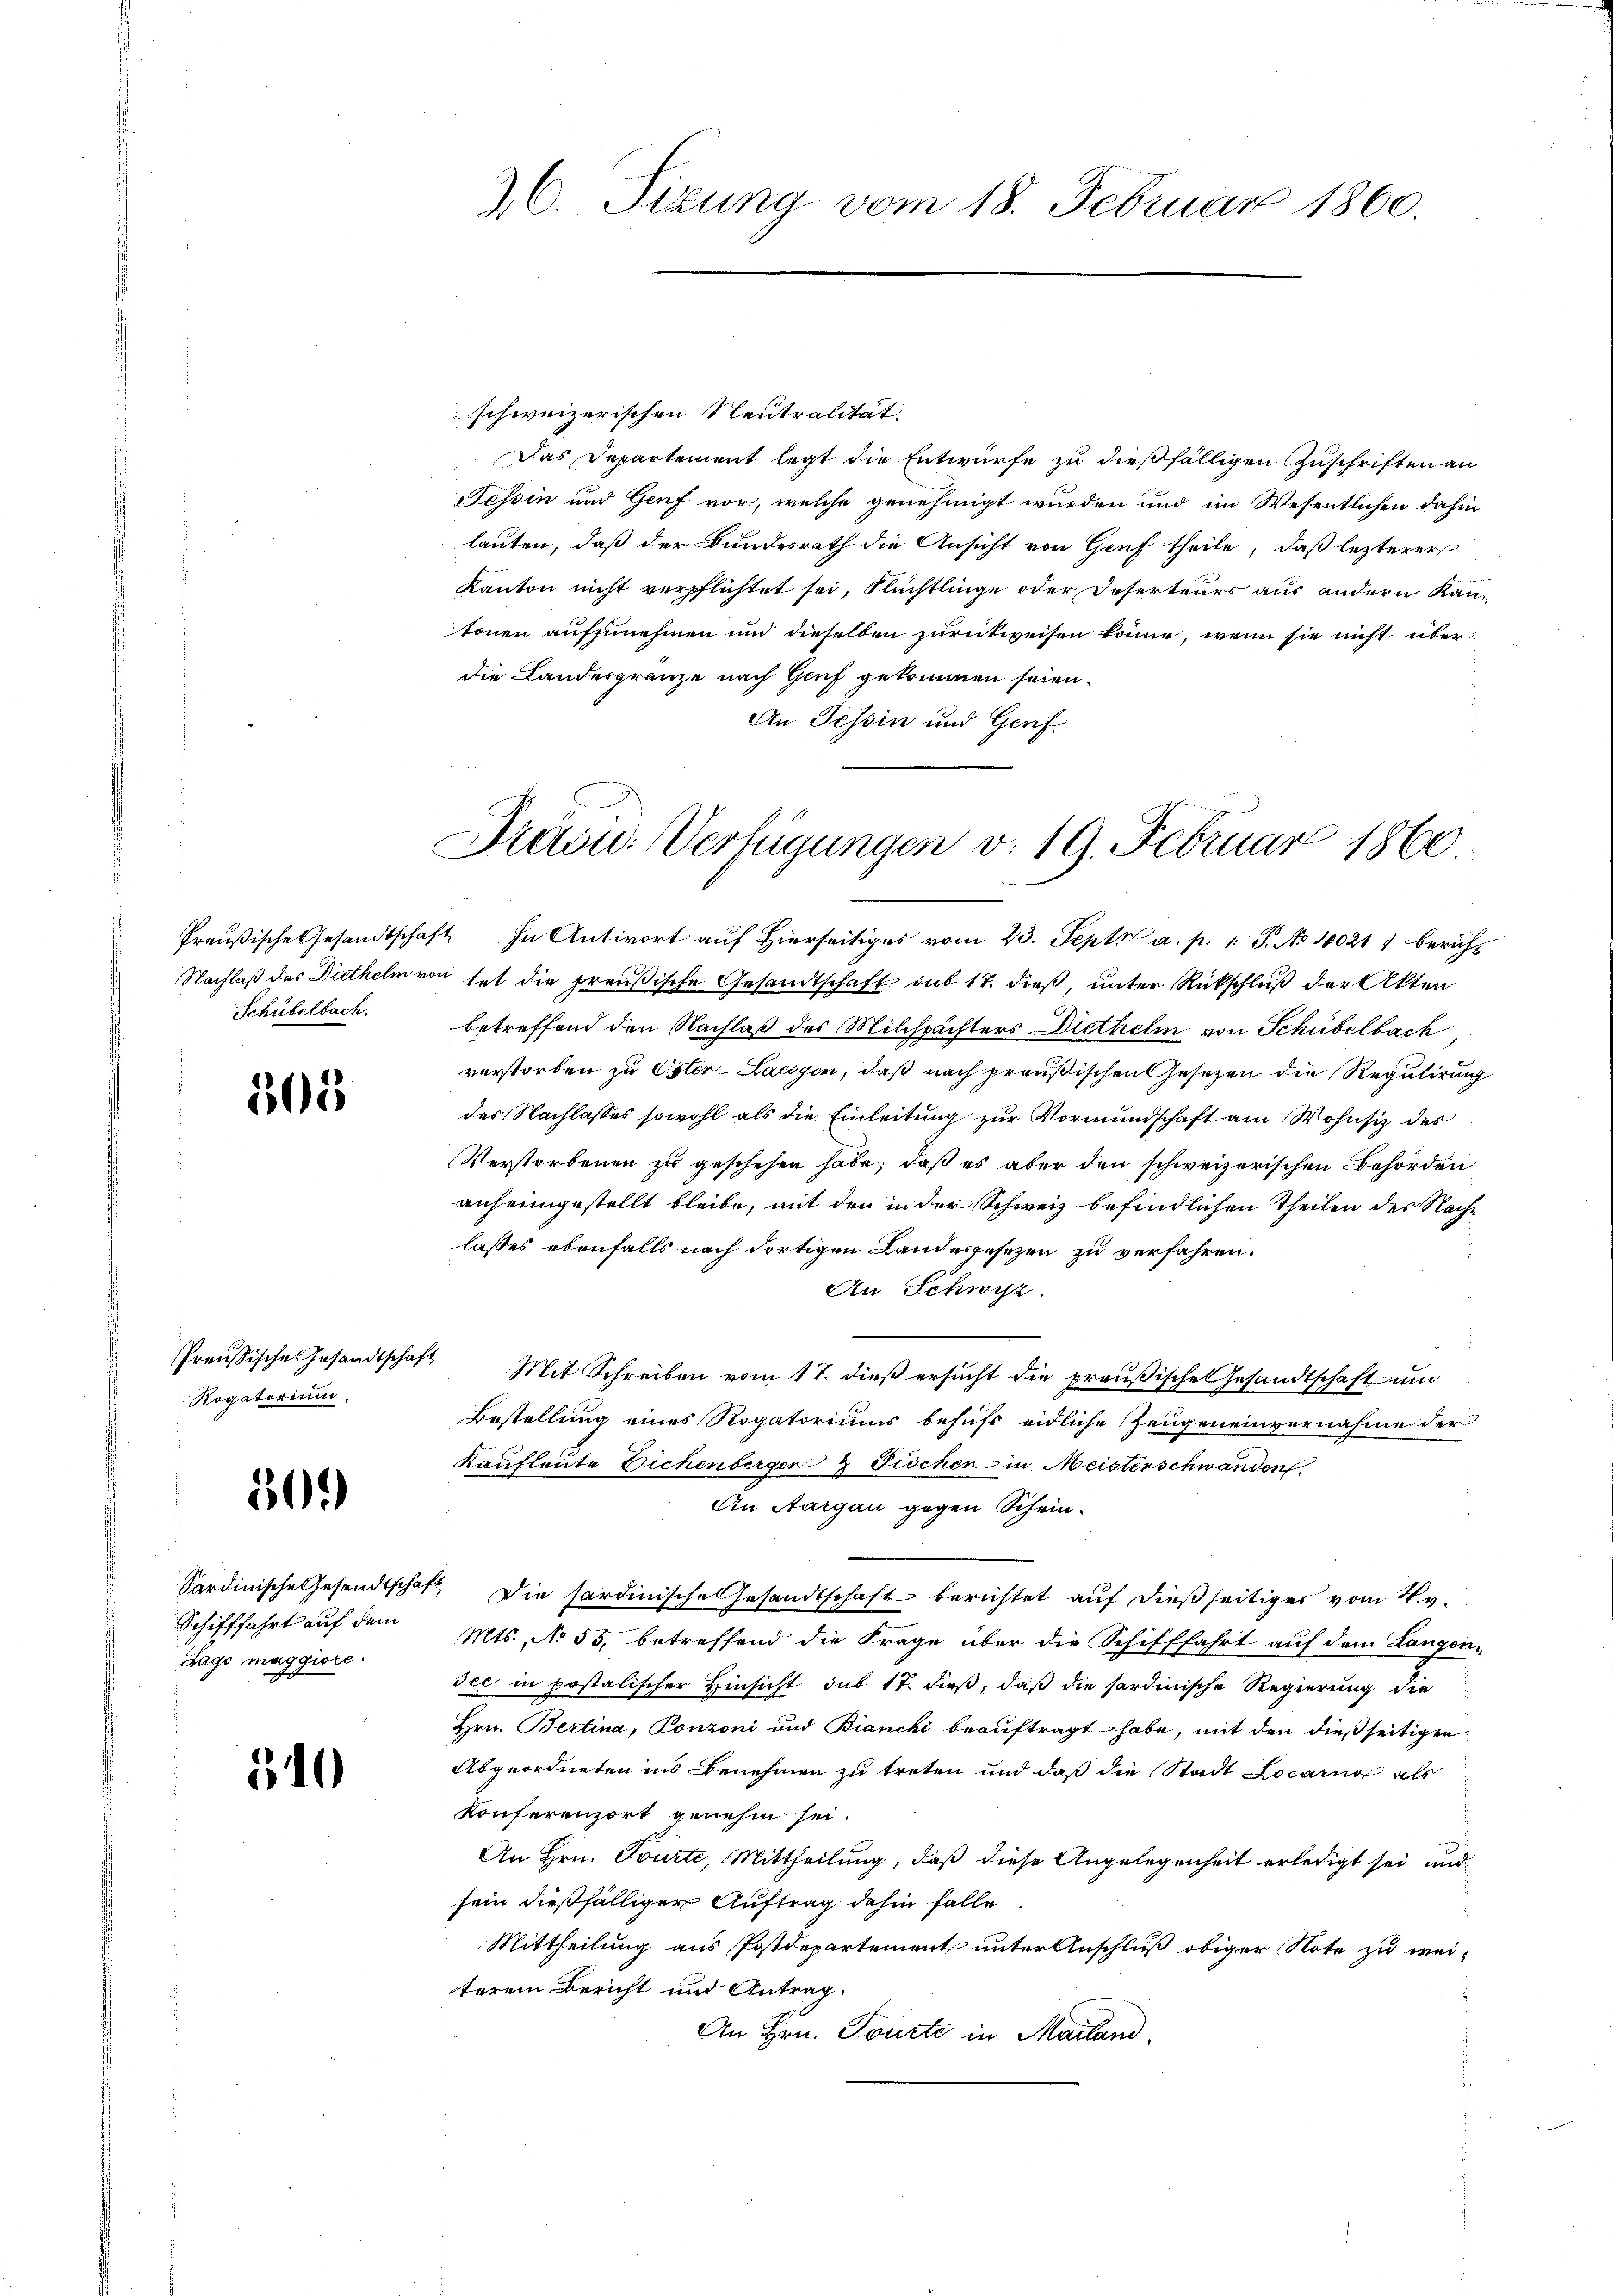
Schübelbach.

305

Rogatorium.

30.)

Schifffahrt auf dem
Lago maggiore.

510

schweizerischen Neutralität.
Das Departement legt die Entwurfe zu dießfälligen Zuschriften an
Tessin und Genf vor, welche genehmigt wurden und im Wesentlichen dahin
lauten, daß der Bundesrath die Ansicht von Genf theile, daß lezterer
Kanton nicht verpflichtet sei, Flüchtlinge oder Deserteurs aus andern Kan-
tonen aufzunehmen und dieselben zurückweisen könne, wenn sie nicht über
die Landesgränze nach Genf gekommen seien.
An Tessin und Genf.

26. Sizung vom 18. Februar 1860.

räcu: Verfügungen v. 19. Februar 1860

Preußische Gesandtschaft In Antwort auf hierseitiges vom 23. Sept. a. p. 1 S. No 40211 bericht
Nachlaß des Diethelm von hat die preußische Gesandtschaft sub 17. dieß, unter Rückschluß der Akten
betreffend den Nachlaß des Milchpächters Diethelm von Schübelbach
verstorben zu Oster-Langen, daß nach preußischen Gesetzen die Regulirung
des Nachlasses sowohl als die Einleitung zur Vormundschaft am Wohnsitz des
Verstorbenen zu geschehen habe, daß es aber den schweizerischen Behörden
anheimgestellt bleibe, mit den in der Schweiz befindlichen Theilen des Nache
lasses ebenfalls nach dortigen Landesgesezen zu verfahren.
An Schwyz.
Preußische Gesandtschaft Mit Schreiben vom 17. dieβ ersŭcht die preußische Gesandtschaft ŭm
Bestellung eines Rogatoriums behufs eidliche Zeugeneinvernahme der
Kaufleute Eichenberger 2 Prochen in Meisterschwanden,
An Aargau gegen Schein-
Sardinische Gesandtschaft. Die sardinische Gesandtschaft berichtet auf dießseitiges vom H. v.
Mts., No 55, betreffend die Frage über die Schifffahrt auf dem Langen-
Jec in postalischer Hinsicht sub 17. dieß, daß die sardinische Regierung die
Hrn. Bertina, Ponzoni und Bianchi beauftragt habe, mit den dießseitigen
Abgeordneten ins Benehmen zu treten und daß die Stadt Locarno als
Konferenzert genehm sei.
An Hrn. Tourte, Mittheilung, daß diese Angelegenheit erledigt sei und
sein dießfälliger Auftrag dahin falle
Mittheilung aus Postdepartement unter Anschluß obiger Note zu weiterem Bericht und Antrag.
An Hrn. Tourte in Mailand.